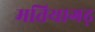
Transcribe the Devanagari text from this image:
मतियागढ़